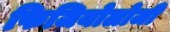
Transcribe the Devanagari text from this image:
फिजियोलोजी